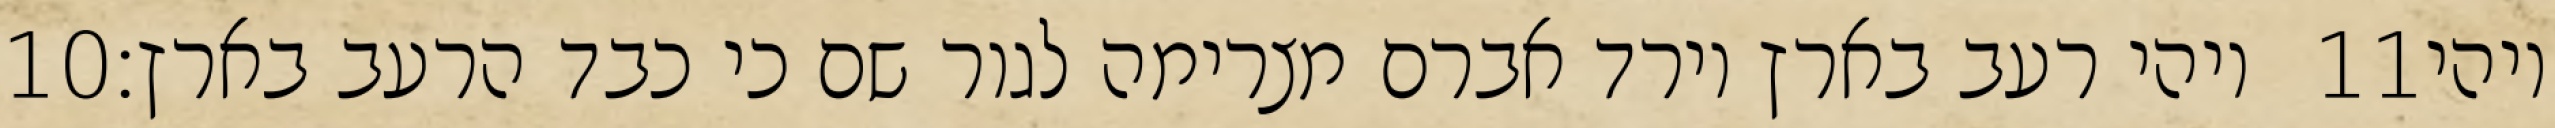
‎10‏ ויהי רעב בארץ וירד אברם מצרימה לגור שם כי כבד הרעב בארץ׃ ‎11‏ ויהי